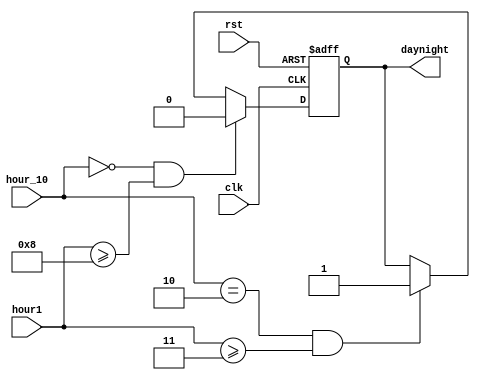
module daynight(clk, rst, hour_10, hour1, daynight); //        .
                                                
input clk;
input rst;
input	[3:0] hour_10, hour1;
output daynight;            //   ,  LCD statework  input .

reg daynight;       // 0  1  .


always @(posedge clk or negedge rst)
    if(!rst)
    daynight <= 1'b1;
    
    else begin
    if( hour_10 == 0 && hour1 >= 8)
    daynight <= 1'b0;   // 8~23 day
   
    else if ( hour_10 == 2 && hour1 >= 3)
    daynight <= 1'b1;  // 23~7 night
    
    end
    
    
    endmodule